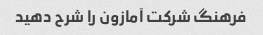
فرهنگ شرکت آمازون را شرح دهید